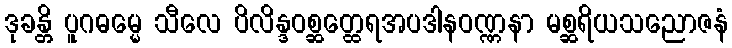
ဒုခန္တိ ပူဂဓမ္မေ သီလေ ပိလိန္ဒဝစ္ဆတ္ထေရအပဒါနဝဏ္ဏနာ မစ္ဆရိယသညောဇနံ